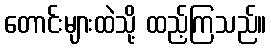
တောင်းများထဲသို့ ထည့်ကြသည်။